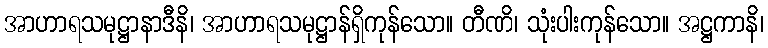
အာဟာရသမုဋ္ဌာနာဒီနိ၊ အာဟာရသမုဋ္ဌာန်ရှိကုန်သော။ တီဏိ၊ သုံးပါးကုန်သော။ အဋ္ဌကာနိ၊